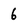
Character: 6